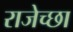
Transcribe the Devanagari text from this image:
राजेच्छा